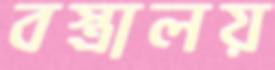
বস্ত্রালয়